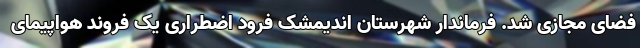
فضای مجازی شد. فرماندار شهرستان اندیمشک فرود اضطراری یک فروند هواپیمای